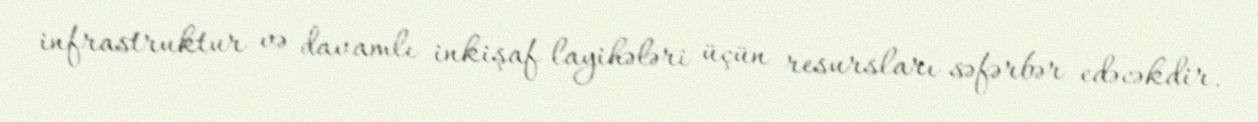
infrastruktur və davamlı inkişaf layihələri üçün resursları səfərbər edəcəkdir.